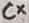
Text: Cx